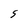
Character: S